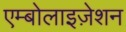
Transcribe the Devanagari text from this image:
एम्बोलाइज़ेशन